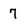
Character: 7